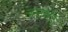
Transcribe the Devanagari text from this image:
लस्टमॉर्ड